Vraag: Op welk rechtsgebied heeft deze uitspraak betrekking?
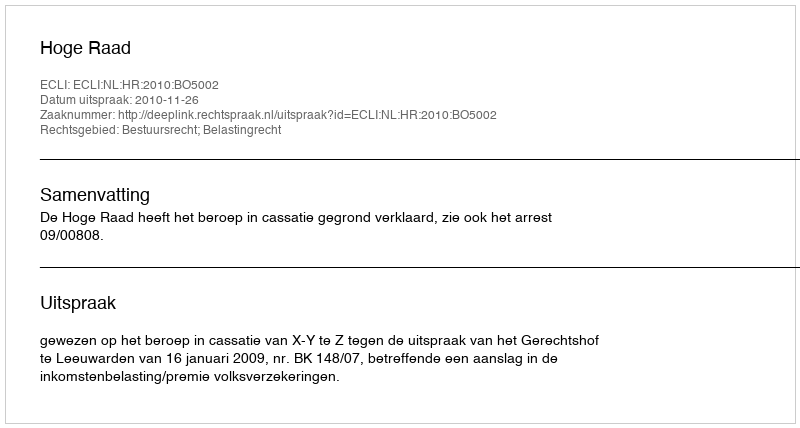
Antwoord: Bestuursrecht; Belastingrecht